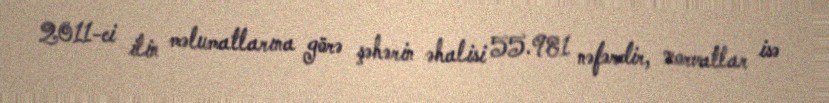
2011-ci ilin məlumatlarına görə şəhərin əhalisi 55.981 nəfərdir, xorvatlar isə